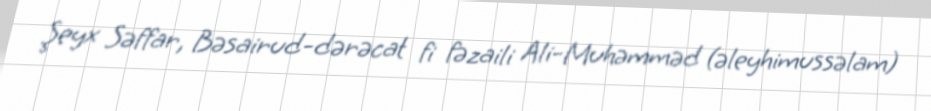
Şeyx Səffar, Bəsairud-dərəcat fi fəzaili Ali-Muhəmməd (əleyhimussəlam)